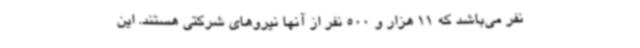
نفر می‌باشد که 11 هزار و 500 نفر از آنها نیروهای شرکتی هستند. این